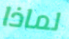
لماذا